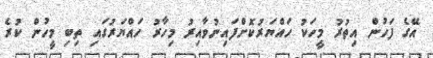
އޭގެ ފަހުން އިތުރު މީހަކު ހައްޔަރުކޮށްފައިނުވާއިރު މިހާރު ހައްޔަރުގައި ތިބި މީހުން ކުރެ